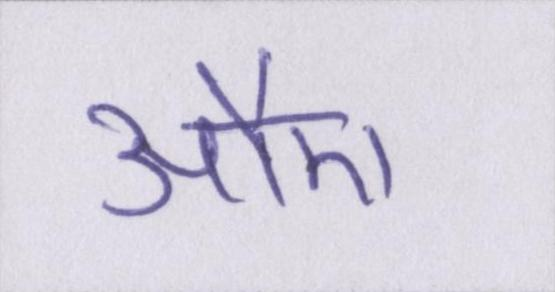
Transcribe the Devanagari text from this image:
औए